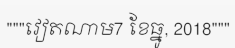
"""វៀតណាម7 ខែធ្នូ, 2018"""